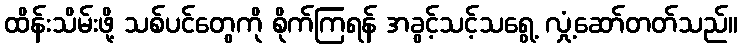
ထိန်းသိမ်းဖို့ သစ်ပင်တွေကို စိုက်ကြရန် အခွင့်သင့်သရွေ့ လှုံ့ဆော်တတ်သည်။